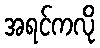
အရင်ကလို